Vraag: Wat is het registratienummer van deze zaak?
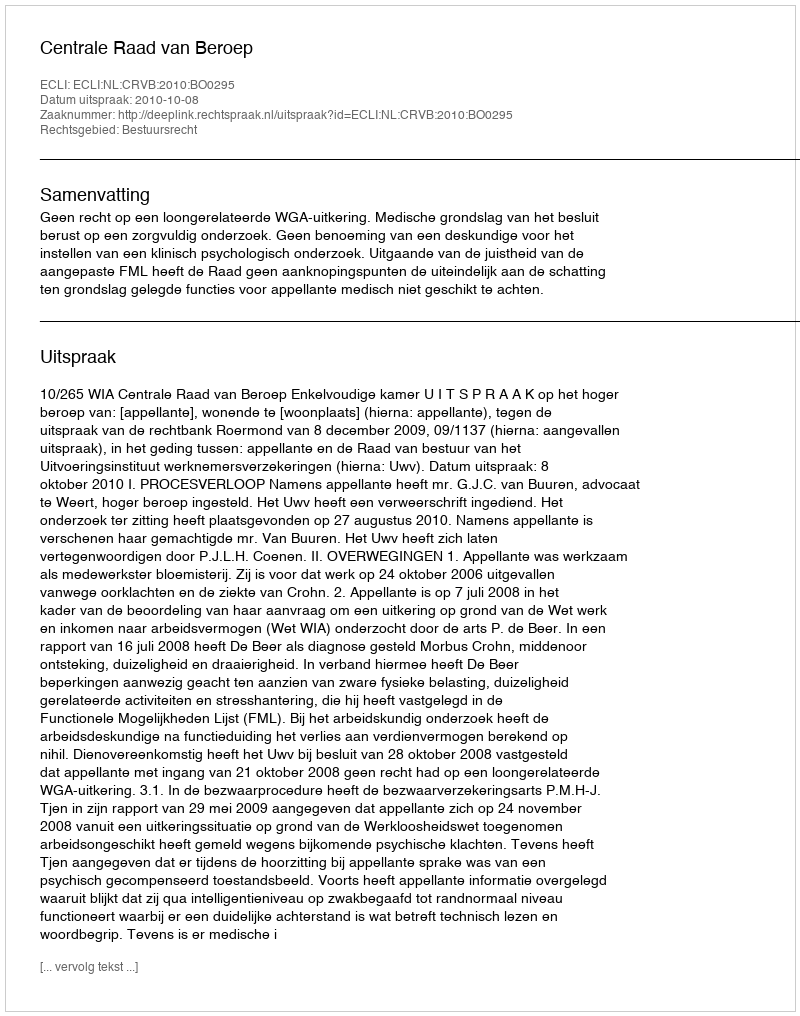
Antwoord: http://deeplink.rechtspraak.nl/uitspraak?id=ECLI:NL:CRVB:2010:BO0295